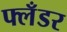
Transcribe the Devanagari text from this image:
फ्लँडर